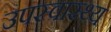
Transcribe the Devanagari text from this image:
उपस्‍वास्‍थ्‍य